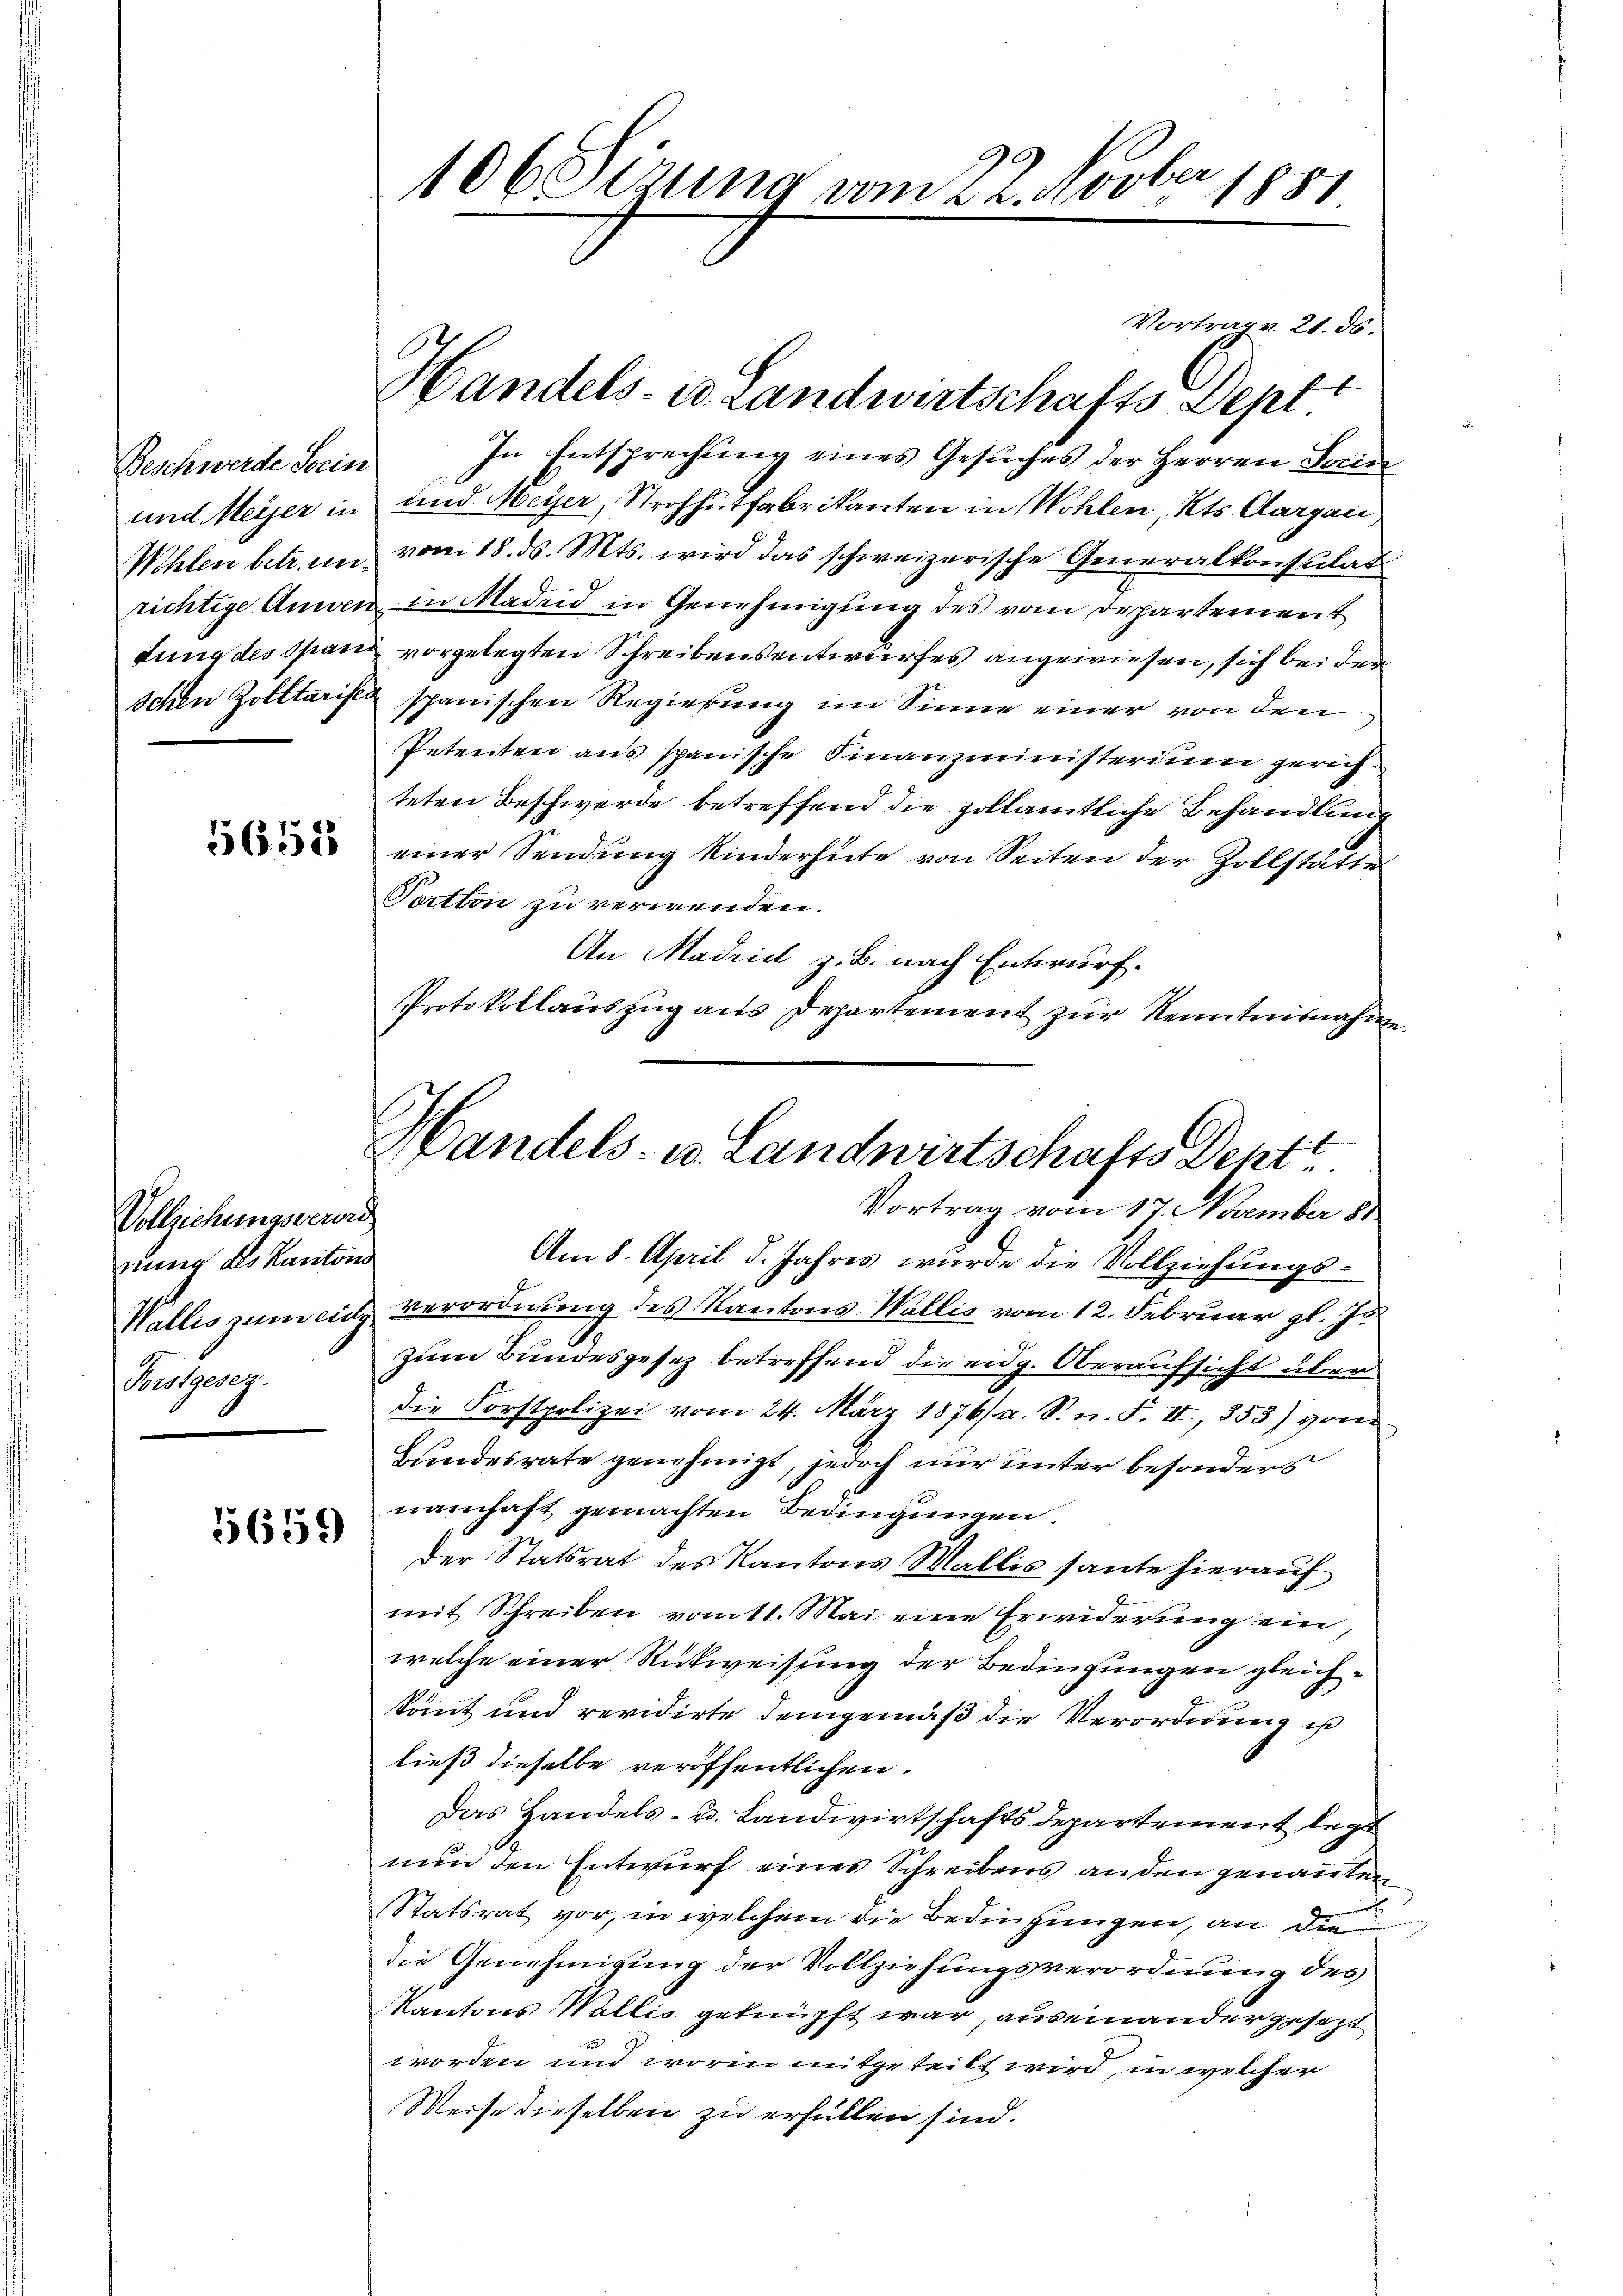
Beschwerde Serin
und Meier in
Wohlen betr. meifung des Spann
schen Zolltarises

5655

Vollziehungsverord
nung des Kantons
Wallis zum einz
Forstgesez

5659

106 Sezung vom 22. Novber 1881

Handels- u. Landwirtschafts Sept

Vortrag v. 21. ds.
In Entsprechung eines Gesuches der Herren Socin
und Meyer, Strohhutfabrikanten in Wohlen, Kts. Aargau,
vom 18. ds. Mts. wird das schweizerische Generalkonsulat
richtige Anwen in Madrid in Genehmigung des vom Departement
vorgelegten Schreibensentwurfes angewiesen, sich bei der
spanischen Regierung im Sinne einer von den
Petenten aus spanische Finanzministerium gerichteten Beschwerde betreffend die zollamtliche Behandlung
einer Sendung Kinderhüte von Seiten der Zollstätt
Tertion zu verwenden.
An Madrid z. B. nach Entwurf.
Protokollauszug aus Departement zur Kenntnisnahm
Am 8. April d. Jahres wurde die Vollziehungs-
verordnung des Kantons Wallis vom 12. Februar gl. J.
zum Bundesgesez betreffend die eidg. Oberaufsicht über
die Forstpolizei vom 24. März 1876/ a. S. n. F. II, 353) vom
Bundesrate genehmigt, jedoch nur unter besonders
namhaft gemachten Bedingungen.
der Statsrat des Kantons Wallis sante hierauf
mit Schreiben vom 11. Mai eine Erwiderung ein,
welche einer Rückweissung der Bedingungen gleichkömmt und revidirte demgemäß die Verordnung ist
ließ dieselbe veröffentlichen.
Das Handels- u. Landwirtschaftsdepartement legt
nun den Entwurf eines Schreibens anden genannten
Statsrat vor, in welchem die Bedingungen, an die
die Genehmigung der Vollziehungsverordnung des
Kantons Wallis geknüpft war, auseinander gesezt
worden und worin mitgeteilt wird, in welcher
Weise dieselben zu erfüllen sind.

Handels- u. Landwirtschafts Dept.
Vortrag vom 17. November 181